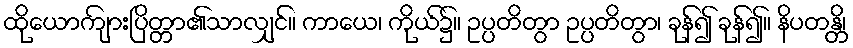
ထိုယောကျ်ားပြိတ္တာ၏သာလျှင်။ ကာယေ၊ ကိုယ်၌။ ဥပ္ပတိတွာ ဥပ္ပတိတွာ၊ ခုန်၍ ခုန်၍။ နိပတန္တိ၊